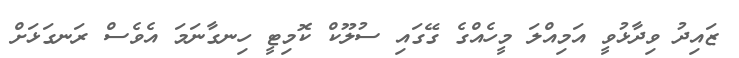
ޒައިދު ވިދާޅުވީ އަމިއްލަ މީހެއްގެ ގޭގައި ސުލޫކް ކޮމިޓީ ހިނގާނަމަ އެވެސް ރަނގަޅަށް